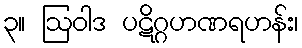
၃။ ဩဝါဒ ပဋိဂ္ဂဟဏရဟန်း၊